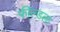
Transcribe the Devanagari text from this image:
फील्डला